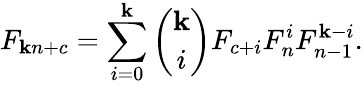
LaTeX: F_{\mathbf{k}n+c}=\sum_{i=0}^{\mathbf{k}}{\binom{\mathbf{k}}{i}}F_{c+i}F_{n}^{i}F_{n-1}^{\mathbf{k}-i}.